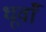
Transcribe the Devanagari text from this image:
धूवाँ